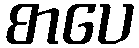
စာပေ